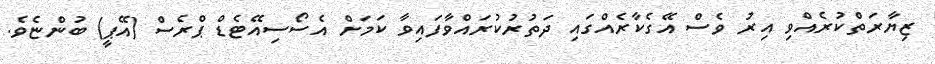
ޒިޔާރަތްކުރެއްވި އިރު ވެސް އޭގެކާރެއްގައި ދަތުރުކުރައްވާފައިވާ ކަމަށް އެސޯސިއޭޓެޑް ޕްރެސް (އޭޕީ) ބުންޏެވެ.